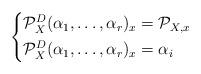
LaTeX: \begin{align*}\left \{ \begin{aligned} \mathcal P_X^D(\alpha_1, \dots, \alpha_r)_x &= \mathcal P_{X, x} & \\ \mathcal P_X^D(\alpha_1, \dots, \alpha_r)_x &= \alpha_i & \end{aligned} \right.\end{align*}